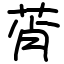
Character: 莦